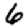
Digit: 6